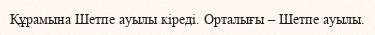
Құрамына Шетпе ауылы кіреді. Орталығы – Шетпе ауылы.